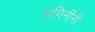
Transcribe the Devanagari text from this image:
भगिनींनी